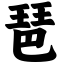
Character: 琶